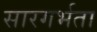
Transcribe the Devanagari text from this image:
सारगर्भता